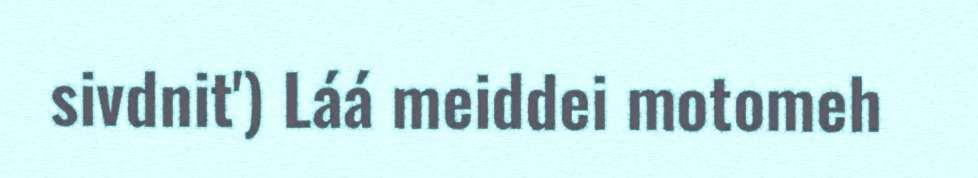
sivdnit') Láá meiddei motomeh